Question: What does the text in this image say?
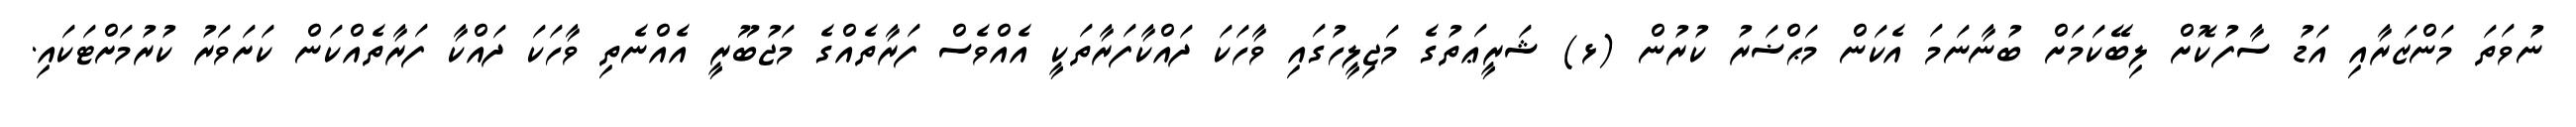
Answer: ނުވަތަ މަންޒަރާއި އަޑު ސާފުކޮށް ލިބޭކަމަށް ބުނާނަމަ އެކަން މަޙްޟަރު ކުރުން (ޅ) ޝަރީޢަތުގެ މަޖިލީހުގައި ވާހަކަ ދައްކާފަރާތަކީ އެއްވެސް ފަރާތެއްގެ މަޖުބޫރީ އެއްނެތި ވާހަކަ ދައްކާ ފަރާތެއްކަން ކަށަވަރު ކުރުމަށްޓަކައި.